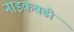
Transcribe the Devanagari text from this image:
नाइकवडी